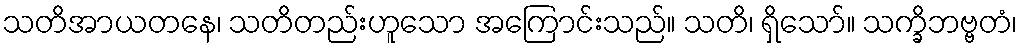
သတိအာယတနေ၊ သတိတည်းဟူသော အကြောင်းသည်။ သတိ၊ ရှိသော်။ သက္ခိဘဗ္ဗတံ၊